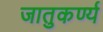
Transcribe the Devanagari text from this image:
जातुकर्ण्य